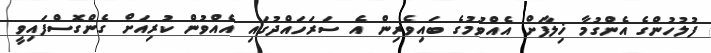
ފުލުހުންގެ އެންގުމާ ޚިލާފަށް އެއްވުމުގެ ބައިވެރިން އެ ސަރަހައްދުގައި އެއްވުން ކުރިއަށް ގެންގޮސްފައިވީ